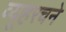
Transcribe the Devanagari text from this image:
व्यूहरचने